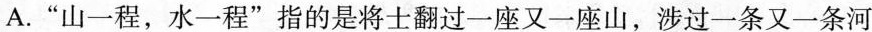
A.”山一程，水一程”指的是将士翻过一座又一座山，涉过一条又一条河